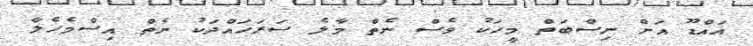
އައްޑޫ އަށް ނިސްބަތް މީހަކު ވެސް ނެތް މާލެ ސަރަހައްދަކު ނެތް އިސްމެހެލާ